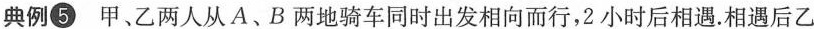
典例⑤ 甲、乙两人从A、B两地骑车同时出发相向而行，2小时后相遇。相遇后乙